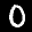
Label: 0